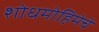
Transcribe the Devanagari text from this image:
शोधमोहिमेचे